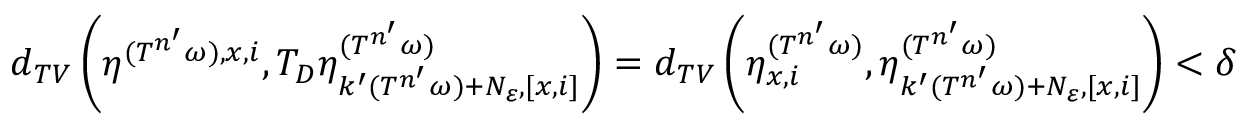
d _ { T V } \left( \eta ^ { ( T ^ { n ^ { \prime } } \omega ) , x , i } , T _ { D } \eta _ { k ^ { \prime } ( T ^ { n ^ { \prime } } \omega ) + N _ { \varepsilon } , [ x , i ] } ^ { ( T ^ { n ^ { \prime } } \omega ) } \right) = d _ { T V } \left( \eta _ { x , i } ^ { ( T ^ { n ^ { \prime } } \omega ) } , \eta _ { k ^ { \prime } ( T ^ { n ^ { \prime } } \omega ) + N _ { \varepsilon } , [ x , i ] } ^ { ( T ^ { n ^ { \prime } } \omega ) } \right) < \delta